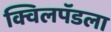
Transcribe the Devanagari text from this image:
क्विलपॅडला